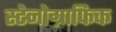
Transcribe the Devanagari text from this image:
स्टेनोग्राफिक